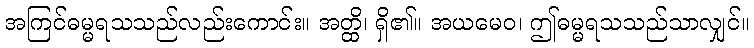
အကြင်ဓမ္မရသသည်လည်းကောင်း။ အတ္ထိ၊ ရှိ၏။ အယမေဝ၊ ဤဓမ္မရသသည်သာလျှင်။